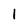
Character: I